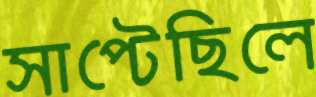
সাপ্‌টেছিলে